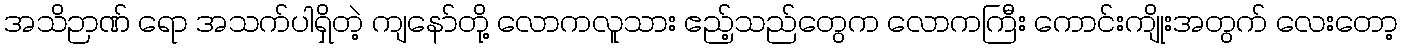
အသိဉာဏ် ရော အသက်ပါရှိတဲ့ ကျနော်တို့ လောကလူသား ဧည့်သည်တွေက လောကကြီး ကောင်းကျိုးအတွက် လေးတော့